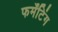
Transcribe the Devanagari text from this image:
फर्मेंटिंग